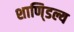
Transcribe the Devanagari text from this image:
शाणि्डल्य